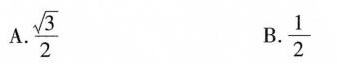
A.\frac{\sqrt{3}}{2} B.\frac{1}{2}